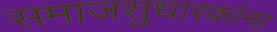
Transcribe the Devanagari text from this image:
समाजसुधारकांना